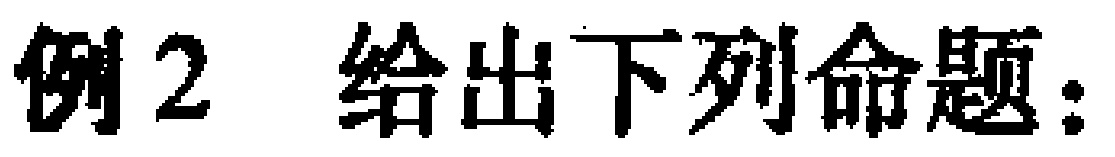
例2 给出下列命题：